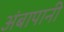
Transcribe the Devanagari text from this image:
अंबापानी